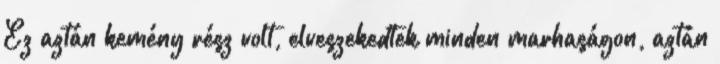
Ez aztán kemény rész volt, elveszekedtek minden marhaságon, aztán